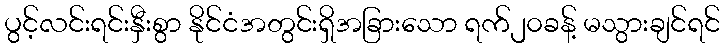
ပွင့်လင်းရင်းနှီးစွာ နိုင်ငံအတွင်းရှိအခြားသော ရက်၂၀ခန့် မသွားချင်ရင်